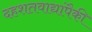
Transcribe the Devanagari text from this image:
दहशतवाद्यांपैकी